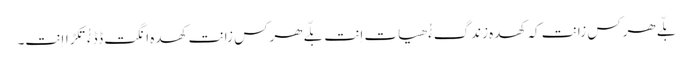
بِلّے ھرکس زانت کہ کھدہ زندگءُُ ھیات اِنت بلّے ھرکس زانت کھدہ انگت ڈڈءُُ تکڑااِنت۔